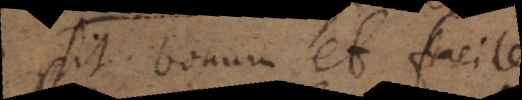
sit bonum et facile